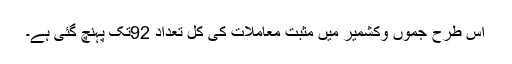
اس طرح جموں وکشمیر میں مثبت معاملات کی کل تعداد 92تک پہنچ گئی ہے۔